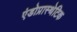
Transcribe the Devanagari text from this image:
एंडोप्रास्थेटिक